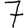
Digit: 7